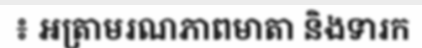
៖ អត្រាមរណភាពមាតា និងទារក